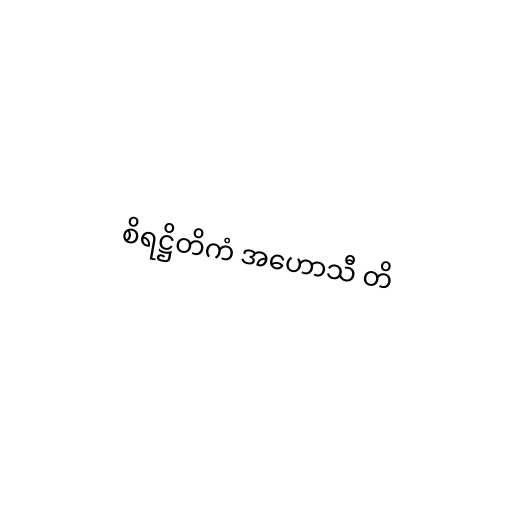
စိရဋ္ဌိတိကံ အဟောသီ တိ